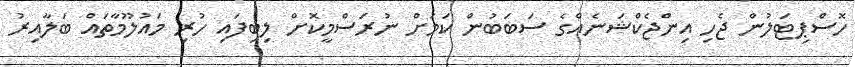
ހޮސްޕިޓަލުން ޖެހި އިންޖެކްޝަނެއްގެ ސަބަބުން ކަމަށް ނުރަސްމީކޮށް ލިބިފައި ހުރި މައުލޫމާތައް ބަލާއިރު